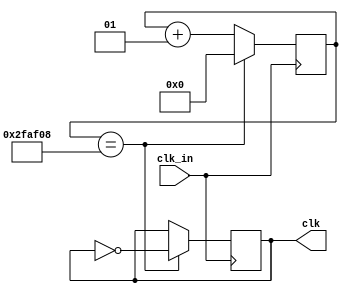
module Slow_Clock(
	input clk_in,
	output reg clk 
	);
	
	integer count;
	
	initial 
	begin
		count = 0;
		clk = 0;
	end
	
		
	always @(posedge clk_in)
	begin
		count <= count+1;
      if (count == 3125000)
		begin
			count<=0;
			clk = ~clk;
		end
	end
endmodule